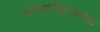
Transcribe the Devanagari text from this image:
आत्मपरीक्षणात्मक